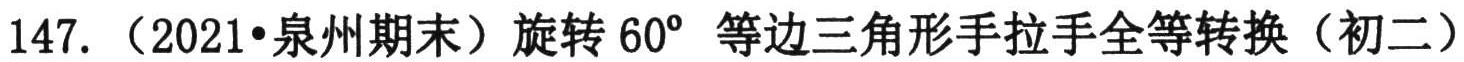
147. （2021•泉州期末）旋转 \(60^{\circ}\) 等边三角形手拉手全等转换（初二）